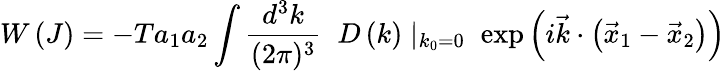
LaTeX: W\left(J\right)=-Ta_{1}a_{2}\int{\frac{d^{3}k}{(2\pi)^{3}}}\; \; D\left(k\right)\mid_{k_{0}=0}\; \exp\left(i{\vec{k}}\cdot\left({\vec{x}}_{1}-{\vec{x}}_{2}\right)\right)